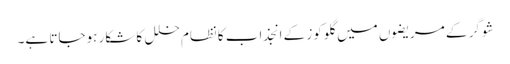
شوگر کے مریضوں میں گلوکوز کے انجذاب کانظام خلل کا شکار ہوجاتا ہے۔